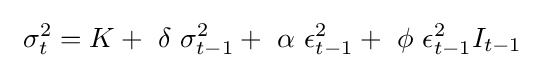
~\sigma _{t}^{2}=K+~\delta ~\sigma _{t-1}^{2}+~\alpha ~\epsilon _{t-1}^{2}+~\phi ~\epsilon _{t-1}^{2}I_{t-1}